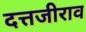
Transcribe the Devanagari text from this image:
दत्तजीराव